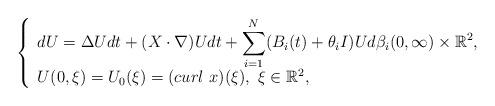
LaTeX: \begin{align*}\left\{\begin{array}{l}\displaystyle dU=\Delta Udt+(X\cdot \nabla)Udt+\sum_{i=1}^N(B_i(t)+\theta_iI)U d\beta_i (0,\infty)\times\mathbb{R}^2,\\U(0,\xi)=U_0(\xi)=(curl\ x)(\xi),\ \xi\in \mathbb{R}^2,\end{array}\right.\ \end{align*}